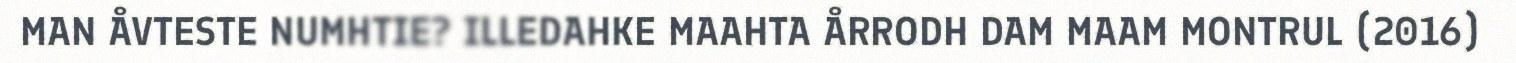
MAN ÅVTESTE NUMHTIE? ILLEDAHKE MAAHTA ÅRRODH DAM MAAM MONTRUL (2016)